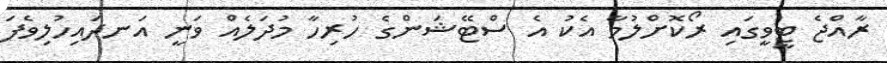
ރާއްޖެ ޓީވީގައި ރޯކޮށްލުމާ އެކު އެ ސްޓޭޝަންގެ ހުރިހާ މުދަލެއް ވަނީ އަނދައިހުލިވެފަ